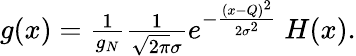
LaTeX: \begin{array}{r}{g(x)=\frac{1}{g_{N}}\frac{1}{\sqrt{2\pi}\sigma}e^{-\frac{(x-Q)^{2}}{2\sigma^{2}}}\ H(x).}\end{array}